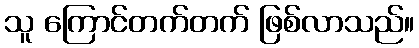
သူ ကြောင်တက်တက် ဖြစ်လာသည်။